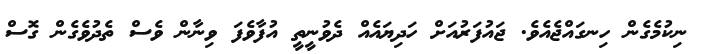
ނިކުމެގެން ހިނގައްޖެއެވެ. ޖައުފަރުއަށް ހަދިޔައެއް ދެވުނީތީ އުފާވެފަ ވިނާން ވެސް ތެދުވެގެން ގޮސް